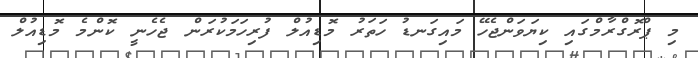
މި ޕްރޮގްރާމްގައި ކިޔަވަންޖެހޭ މައިގަނޑު ހަތަރު މޮޑިއުލް ފުރިހަމަކުރަން ޖެހެނީ ކޮންމެ މޮޑިއުލް